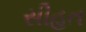
સીહત